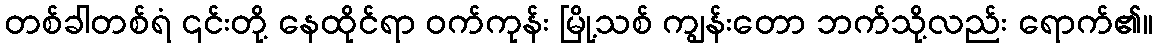
တစ်ခါတစ်ရံ ၎င်းတို့ နေထိုင်ရာ ဝက်ကုန်း မြို့သစ် ကျွန်းတော ဘက်သို့လည်း ရောက်၏။